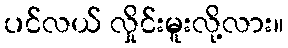
ပင်လယ် လှိုင်းမူးလို့လား။